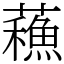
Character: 蘓